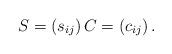
LaTeX: \begin{align*}S=\left( s_{ij}\right) C=\left( c_{ij}\right) .\end{align*}